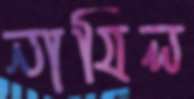
নাযিল